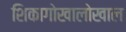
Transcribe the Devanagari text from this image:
शिकागोखालोखाल